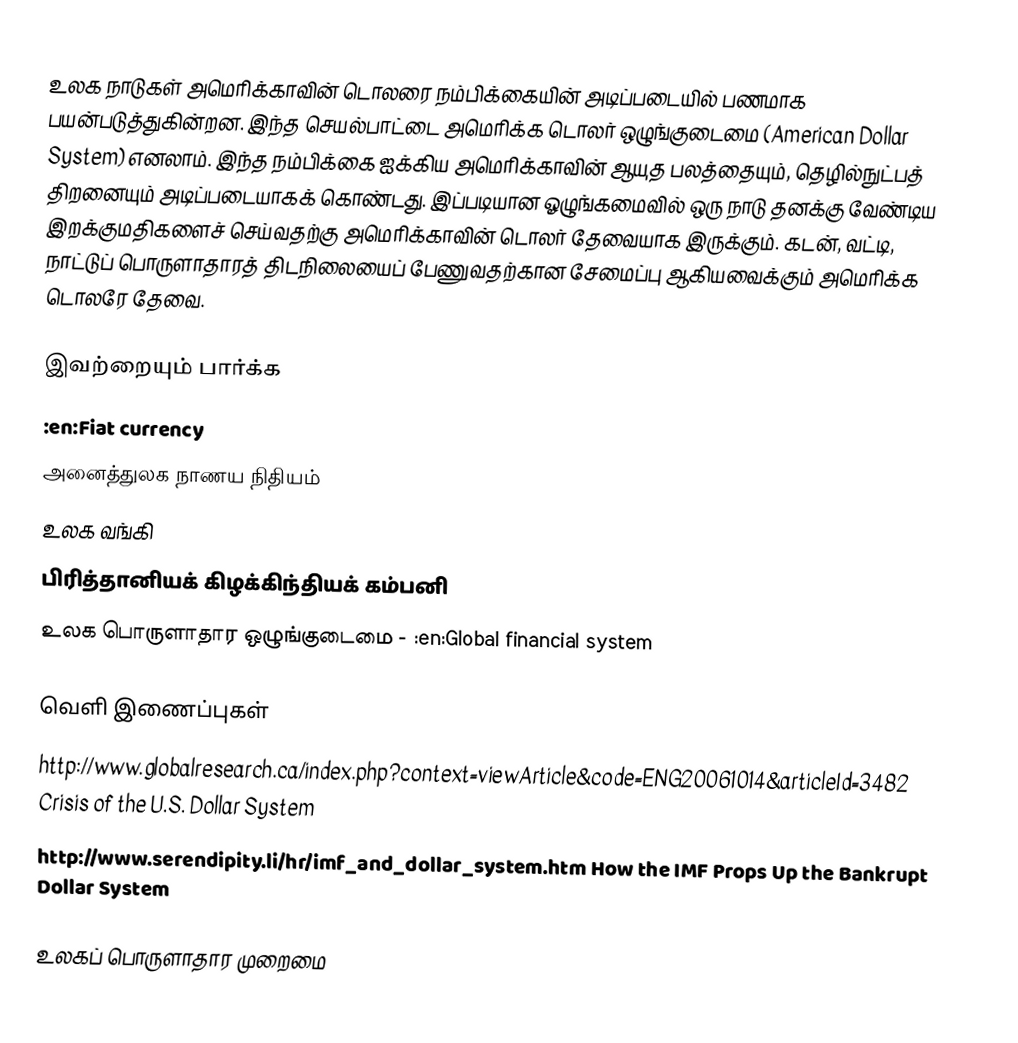
உலக நாடுகள் அமெரிக்காவின் டொலரை நம்பிக்கையின் அடிப்படையில் பணமாக பயன்படுத்துகின்றன.  இந்த செயல்பாட்டை அமெரிக்க டொலர் ஒழுங்குடைமை (American Dollar System) எனலாம்.  இந்த நம்பிக்கை ஐக்கிய அமெரிக்காவின் ஆயுத பலத்தையும், தெழில்நுட்பத் திறனையும் அடிப்படையாகக் கொண்டது.  இப்படியான ஓழுங்கமைவில் ஒரு நாடு தனக்கு வேண்டிய இறக்குமதிகளைச் செய்வதற்கு அமெரிக்காவின் டொலர் தேவையாக இருக்கும்.  கடன், வட்டி, நாட்டுப் பொருளாதாரத் திடநிலையைப் பேணுவதற்கான சேமைப்பு ஆகியவைக்கும் அமெரிக்க டொலரே தேவை.

இவற்றையும் பார்க்க
 :en:Fiat currency
 அனைத்துலக நாணய நிதியம்
 உலக வங்கி
 பிரித்தானியக் கிழக்கிந்தியக் கம்பனி
 உலக பொருளாதார ஒழுங்குடைமை - :en:Global financial system

வெளி இணைப்புகள்
 http://www.globalresearch.ca/index.php?context=viewArticle&code=ENG20061014&articleId=3482 Crisis of the U.S. Dollar System
 http://www.serendipity.li/hr/imf_and_dollar_system.htm How the IMF Props Up the Bankrupt Dollar System

உலகப் பொருளாதார முறைமை